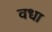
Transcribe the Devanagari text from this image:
वधा